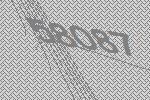
58087